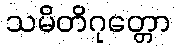
သမိတိဂုတ္တော